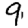
Digit: 9